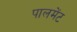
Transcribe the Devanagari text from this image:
पालमेंट